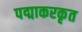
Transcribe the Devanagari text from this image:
पद्माकरकृत